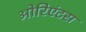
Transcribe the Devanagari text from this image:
ओरिएंटस